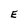
Character: E